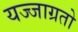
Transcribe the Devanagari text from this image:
यज्जाग्रतो